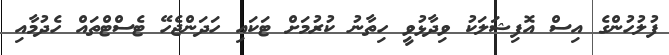
ފުލުހުންގެ އިސް އޮފިޝަލަކު ވިދާޅުވީ ހިތާނު ކުރުމަށް ޓަކައި ހަދަންޖެހޭ ޓެސްޓްތައް ހެދުމާއި